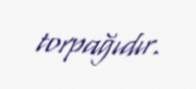
torpağıdır.